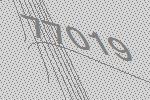
77019